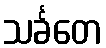
သင်္ခတေ